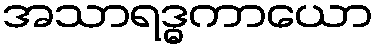
အသာရဒ္ဓကာယော